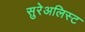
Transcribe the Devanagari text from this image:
सुरेअलिस्ट